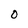
Character: 0